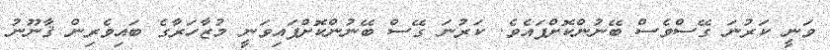
ވަނީ ކަރުނަ ގޭސްވެސް ބޭނުންކޮށްފައެވެ. ކަރުނަ ގޭސް ބޭނުންކޮށްފައިވަނީ މުޒާހަރާގެ ބައިވެރިން ޤާނޫނު